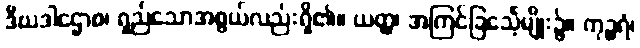
ဒီဃဒါဌောစ၊ ရှည်သောအစွယ်လည်းရှိ၏။ ယတ္ထ၊ အကြင်ခြင်္သေ့မျိုး၌။ ကုဉ္ဇရံ၊